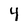
Character: 4